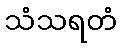
သံသရတံ